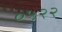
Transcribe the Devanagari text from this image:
०५२२